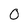
Character: 0